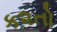
ક૨તો